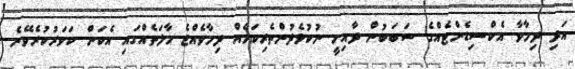
އަދި ދިމާވާ އެކްސިޑެންޓެއްގެ ސަބަބުން ދާއިމީ ނުކުޅެދުންތެރިކަމެއް ދިމާވެއްޖެ ހާލަތެއްގައި އެކަން ކަވަރުކުރެވޭނެ